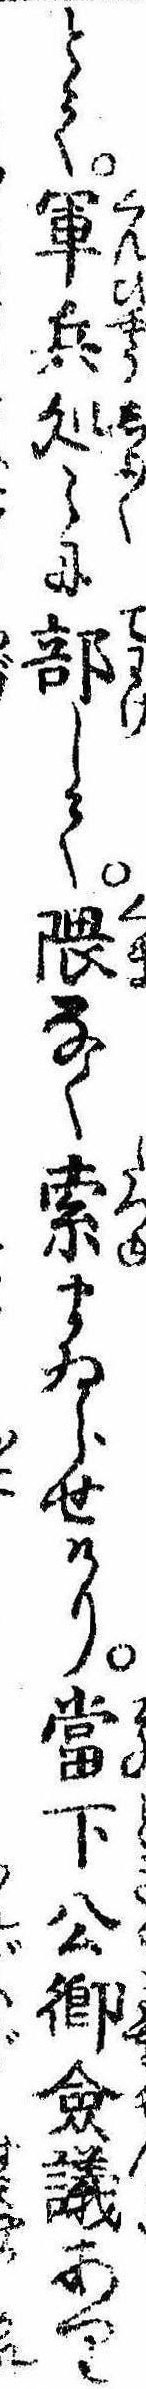
とて軍兵処〻に部して隈なく索まゐらせけり当下公卿僉議あり